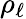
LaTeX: \rho_{\ell}